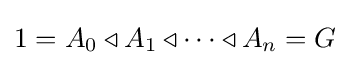
1=A_{0}\triangleleft A_{1}\triangleleft \cdots \triangleleft A_{n}=G